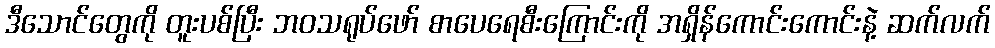
ဒီသောင်တွေကို တူးပစ်ပြီး ဘဝသရုပ်ဖော် စာပေရေစီးကြောင်းကို အရှိန်ကောင်းကောင်းနဲ့ ဆက်လက်